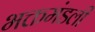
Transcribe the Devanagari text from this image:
भक्तमंडली